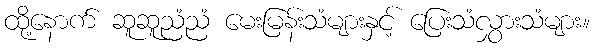
ထို့နောက် ဆူဆူညံညံ မေးမြန်းသံများနှင့် ပြေးသံလွှားသံများ။